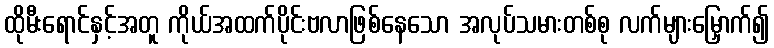
ထိုမီးရောင်နှင့်အတူ ကိုယ်အထက်ပိုင်းဗလာဖြစ်နေသော အလုပ်သမားတစ်စု လက်များမြှောက်၍